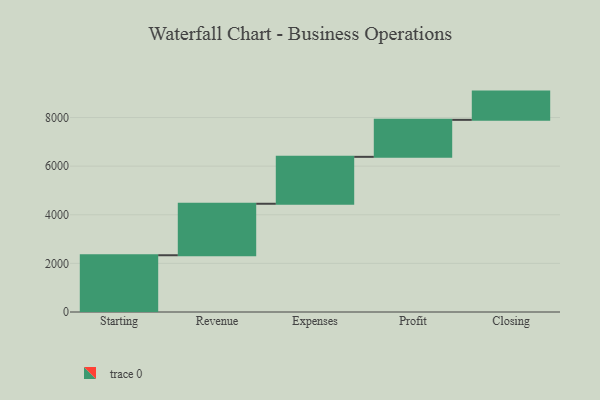
{"axis": {"x": "Step", "y": "Value"}, "legend": [""], "data": [{"x": "Starting", "y": 2335.0, "type": ""}, {"x": "Revenue", "y": 2118.0, "type": ""}, {"x": "Expenses", "y": 1930.0, "type": ""}, {"x": "Profit", "y": 1522.0, "type": ""}, {"x": "Closing", "y": 1162.0, "type": ""}]}